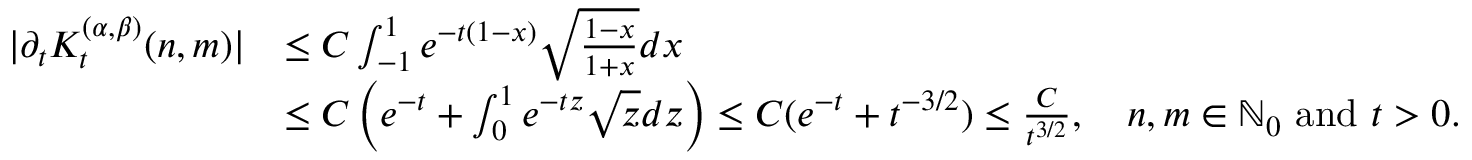
\begin{array} { r l } { | \partial _ { t } K _ { t } ^ { ( \alpha , \beta ) } ( n , m ) | } & { \le C \int _ { - 1 } ^ { 1 } e ^ { - t ( 1 - x ) } \sqrt { \frac { 1 - x } { 1 + x } } d x } \\ & { \le C \left( e ^ { - t } + \int _ { 0 } ^ { 1 } e ^ { - t z } \sqrt { z } d z \right) \le C ( e ^ { - t } + t ^ { - 3 / 2 } ) \le \frac { C } { t ^ { 3 / 2 } } , \quad n , m \in { \mathbb { N } _ { 0 } } \mathrm { ~ a n d ~ } t > 0 . } \end{array}